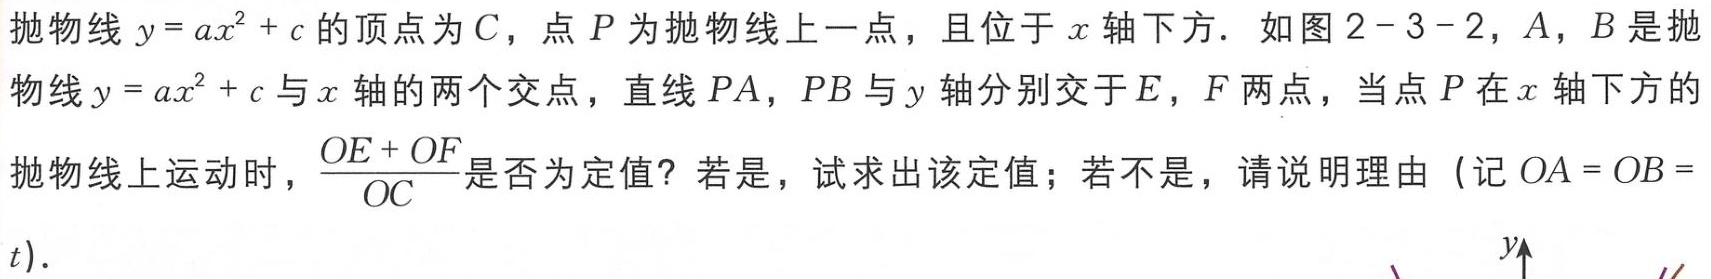
抛物线\(y = ax^{2}+c\)的顶点为\(C\)，点\(P\)为抛物线上一点，且位于\(x\)轴下方．如图\(2 - 3 - 2\)，\(A\)，\(B\)是抛物线\(y = ax^{2}+c\)与\(x\)轴的两个交点，直线\(PA\)，\(PB\)与\(y\)轴分别交于\(E\)，\(F\)两点，当点\(P\)在\(x\)轴下方的抛物线上运动时，\(\frac{OE + OF}{OC}\)是否为定值？若是，试求出该定值；若不是，请说明理由（记\(OA = OB = t\)）．